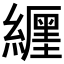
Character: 𦆑